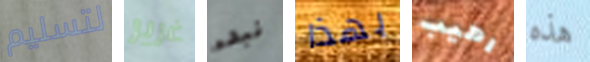
لتسليم غرير نبدء بهذا رهيب هذه